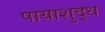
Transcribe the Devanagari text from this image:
पायाशुद्ध